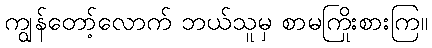
ကျွန်တော့်လောက် ဘယ်သူမှ စာမကြိုးစားကြ။